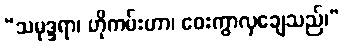
“သမုဒ္ဒရာ၊ ဟိုကမ်းဟာ၊ ဝေးကွာလှချေသည်၊”